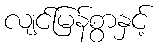
လျင်မြန်စွာနှင့်